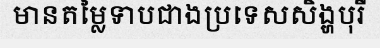
មានតម្លៃទាបជាងប្រទេសសិង្ហបុរី